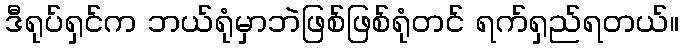
ဒီရုပ်ရှင်က ဘယ်ရုံမှာဘဲဖြစ်ဖြစ်ရုံတင် ရက်ရှည်ရတယ်။